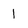
Character: l